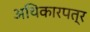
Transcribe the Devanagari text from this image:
अथिकारपत्र